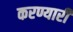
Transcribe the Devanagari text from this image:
करण्यारी